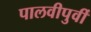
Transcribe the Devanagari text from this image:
पालवीपुर्वी